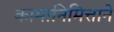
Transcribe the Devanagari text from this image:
कामानिमित्ताने